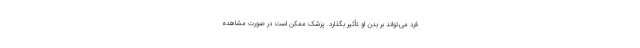
فرد می‌تواند بر بدن او تأثیر بگذارد. پزشک ممکن است در صورت مشاهده